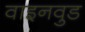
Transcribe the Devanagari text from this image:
वाइनवुड